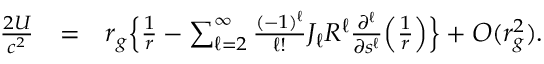
\begin{array} { r l r } { \frac { 2 U } { c ^ { 2 } } } & { = } & { r _ { g } \Big \{ \frac { 1 } { r } - \sum _ { \ell = 2 } ^ { \infty } \frac { ( - 1 ) ^ { \ell } } { \ell ! } J _ { \ell } R ^ { \ell } \frac { \partial ^ { \ell } } { \partial s ^ { \ell } } \Big ( \frac { 1 } { r } \Big ) \Big \} + { \cal O } ( r _ { g } ^ { 2 } ) . } \end{array}